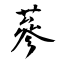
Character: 蔘